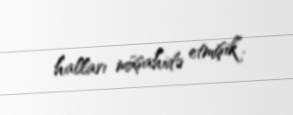
halları müşahidə etmişik”.